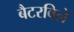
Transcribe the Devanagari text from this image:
बैटरविले